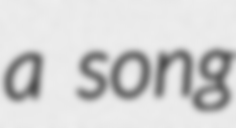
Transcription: a song